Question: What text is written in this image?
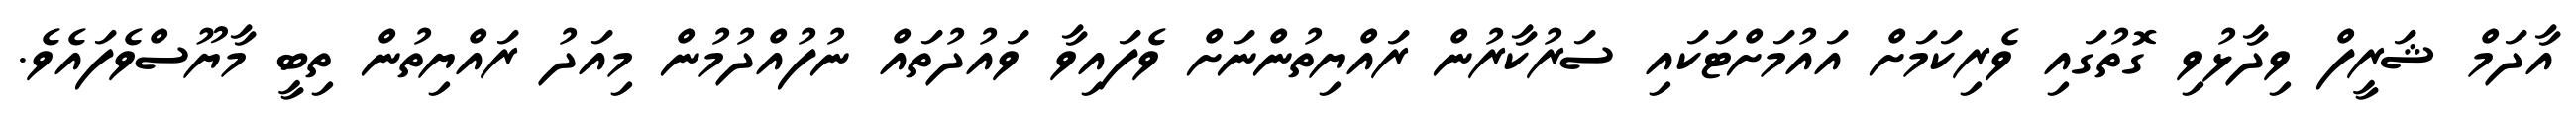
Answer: އާދަމް ޝަރީފް ވިދާޅުވި ގޮތުގައި ވެރިކަމަށް އައުމަށްޓަކައި ސަރުކާރުން ރައްޔިތުންނަށް ވެފައިވާ ވައުދުތައް ނުފުއްދުމުން މިއަދު ރައްޔިތުން ތިބީ މާޔޫސްވެފައެވެ.